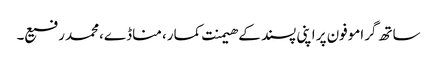
ساتھ گراموفون پر اپنی پسند کے ھیمنت کمار، مناڈے،محمد رفیع۔